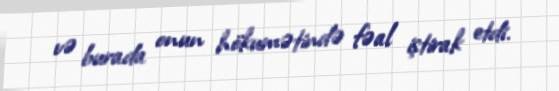
və burada onun hökumətində fəal iştirak etdi.